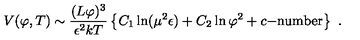
V ( \varphi , T ) \sim \frac { ( L \varphi ) ^ { 3 } } { \epsilon ^ { 2 } k T } \left\{ C _ { 1 } \ln ( \mu ^ { 2 } \epsilon ) + C _ { 2 } \ln \varphi ^ { 2 } + c \mathrm { - n u m b e r } \right\} \ .